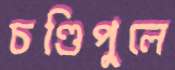
চণ্ডিপুলে